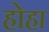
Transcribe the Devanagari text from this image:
होहा